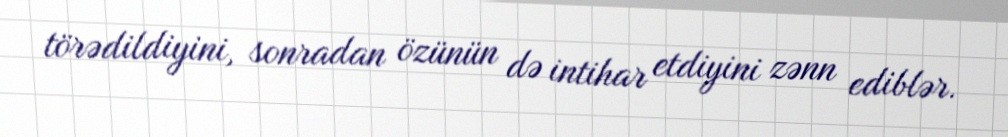
törədildiyini, sonradan özünün də intihar etdiyini zənn ediblər.